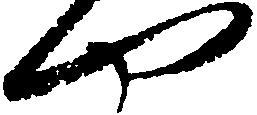
や